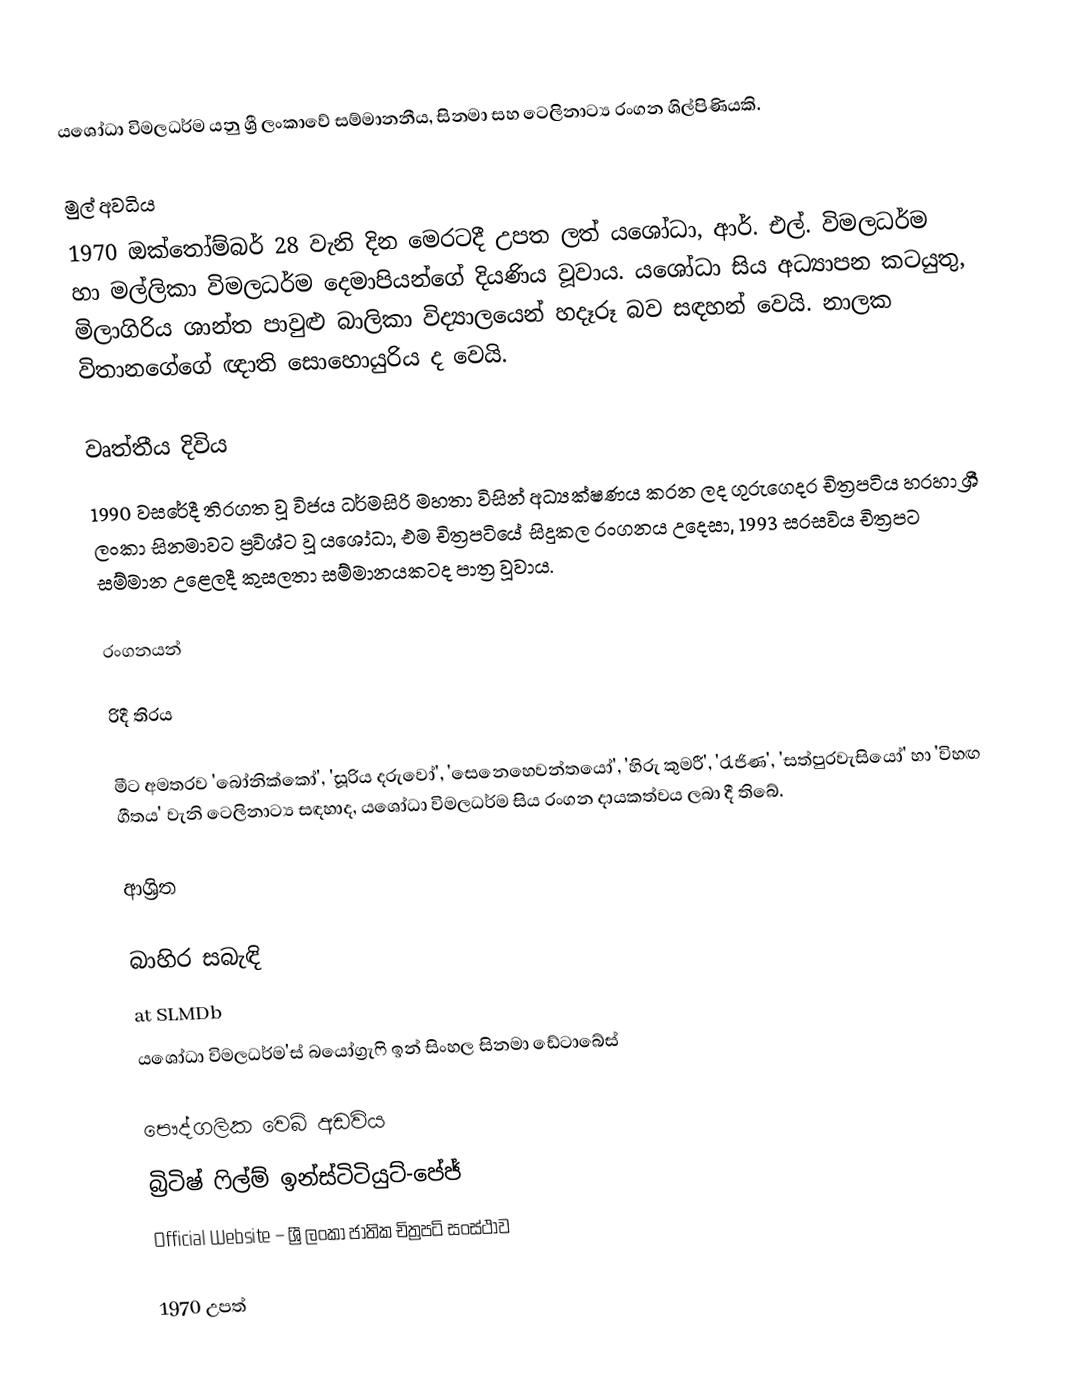
යශෝධා විමලධර්ම යනු ශ්‍රී ලංකාවේ සම්මානනීය, සිනමා සහ ටෙලිනාට්‍ය රංගන ශිල්පිණියකි.

මුල් අවධිය
1970 ඔක්තෝම්බර් 28 වැනි දින මෙරටදී උපත ලත් යශෝධා, ආර්. එල්. විමලධර්ම හා මල්ලිකා විමලධර්ම දෙමාපියන්ගේ දියණිය වූවාය. යශෝධා සිය අධ්‍යාපන කටයුතු, මිලාගිරිය ශාන්ත පාවුළු බාලිකා විද්‍යාලයෙන් හදෑරූ බව සඳහන් වෙයි. නාලක විතානගේගේ ඥාති සොහොයුරිය ද වෙයි.

වෘත්තීය දිවිය
1990 වසරේදී තිරගත වූ විජය ධර්මසිරි මහතා විසින් අධ්‍යක්ෂණය කරන ලද ගුරුගෙදර චිත්‍රපටිය හරහා ශ්‍රී ලංකා සිනමාවට ප්‍රවිශ්ට වූ යශෝධා, එම චිත්‍රපටියේ සිදුකල රංගනය උදෙසා, 1993 සරසවිය චිත්‍රපට සම්මාන උළෙලදී කුසලතා සම්මානයකටද පාත්‍ර වූවාය.

රංගනයන්

රිදී තිරය

මීට අමතරව 'බෝනික්කෝ', 'සූරිය දරුවෝ', 'සෙනෙහෙවන්තයෝ', 'හිරු කුමරී', 'රැජිණ', 'සත්පුරවැසියෝ' හා 'විහඟ ගීතය' වැනි ටෙලිනාට්‍ය සඳහාද, යශෝධා විමලධර්ම සිය රංගන දායකත්වය ලබා දී තිබේ.

ආශ්‍රිත

බාහිර සබැඳි
at SLMDb
යශෝධා විමලධර්ම'ස් බයෝග්‍රැෆි ඉන් සිංහල සිනමා ඩේටාබේස්

පෞද්ගලික වෙබ් අඩවිය
බ්‍රිටිෂ් ෆිල්ම් ඉන්ස්ටිටියුට්-පේජ්
Official Website – ශ්‍රී ලංකා ජාතික චිත්‍රපටි සංස්ථාව

1970 උපත්